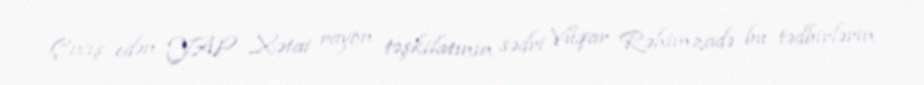
Çıxış edən YAP Xətai rayon təşkilatının sədri Vüqar Rəhimzadə bu tədbirlərin